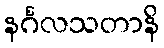
နင်္ဂလသတာနိ